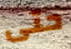
حتى